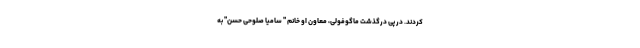
کردند. در پی درگذشت ماگوفولی، معاون او خانم " سامیا صلوحی حسن" به